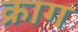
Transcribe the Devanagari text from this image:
क्राग